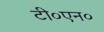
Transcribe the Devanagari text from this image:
टी०एन०